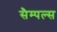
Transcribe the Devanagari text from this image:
सैम्पल्स